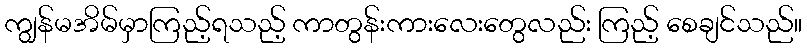
ကျွန်မအိမ်မှာကြည့်ရသည့် ကာတွန်းကားလေးတွေလည်း ကြည့် စေချင်သည်။